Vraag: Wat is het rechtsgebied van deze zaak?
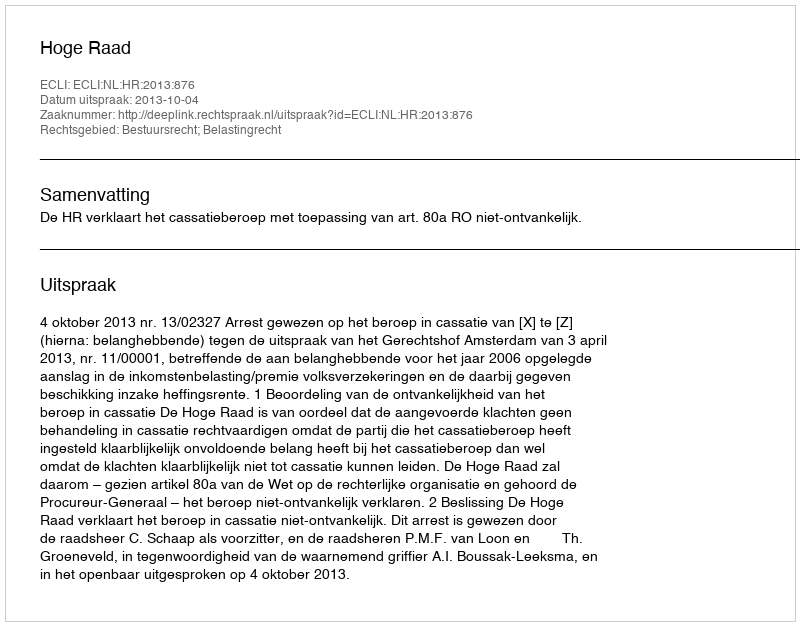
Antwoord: Bestuursrecht; Belastingrecht